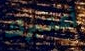
أعتبرك